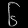
Digit: ၆